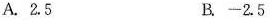
A.2.5 B.-2.5